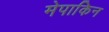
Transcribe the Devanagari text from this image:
मेपाकिन